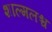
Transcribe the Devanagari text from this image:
शाल्मलश्च